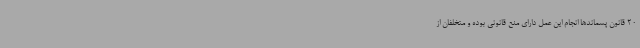
20 قانون پسماندها انجام این عمل دارای منع قانونی بوده و متخلفان از